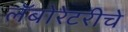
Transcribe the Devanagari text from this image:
लॅबोरेटरीचे